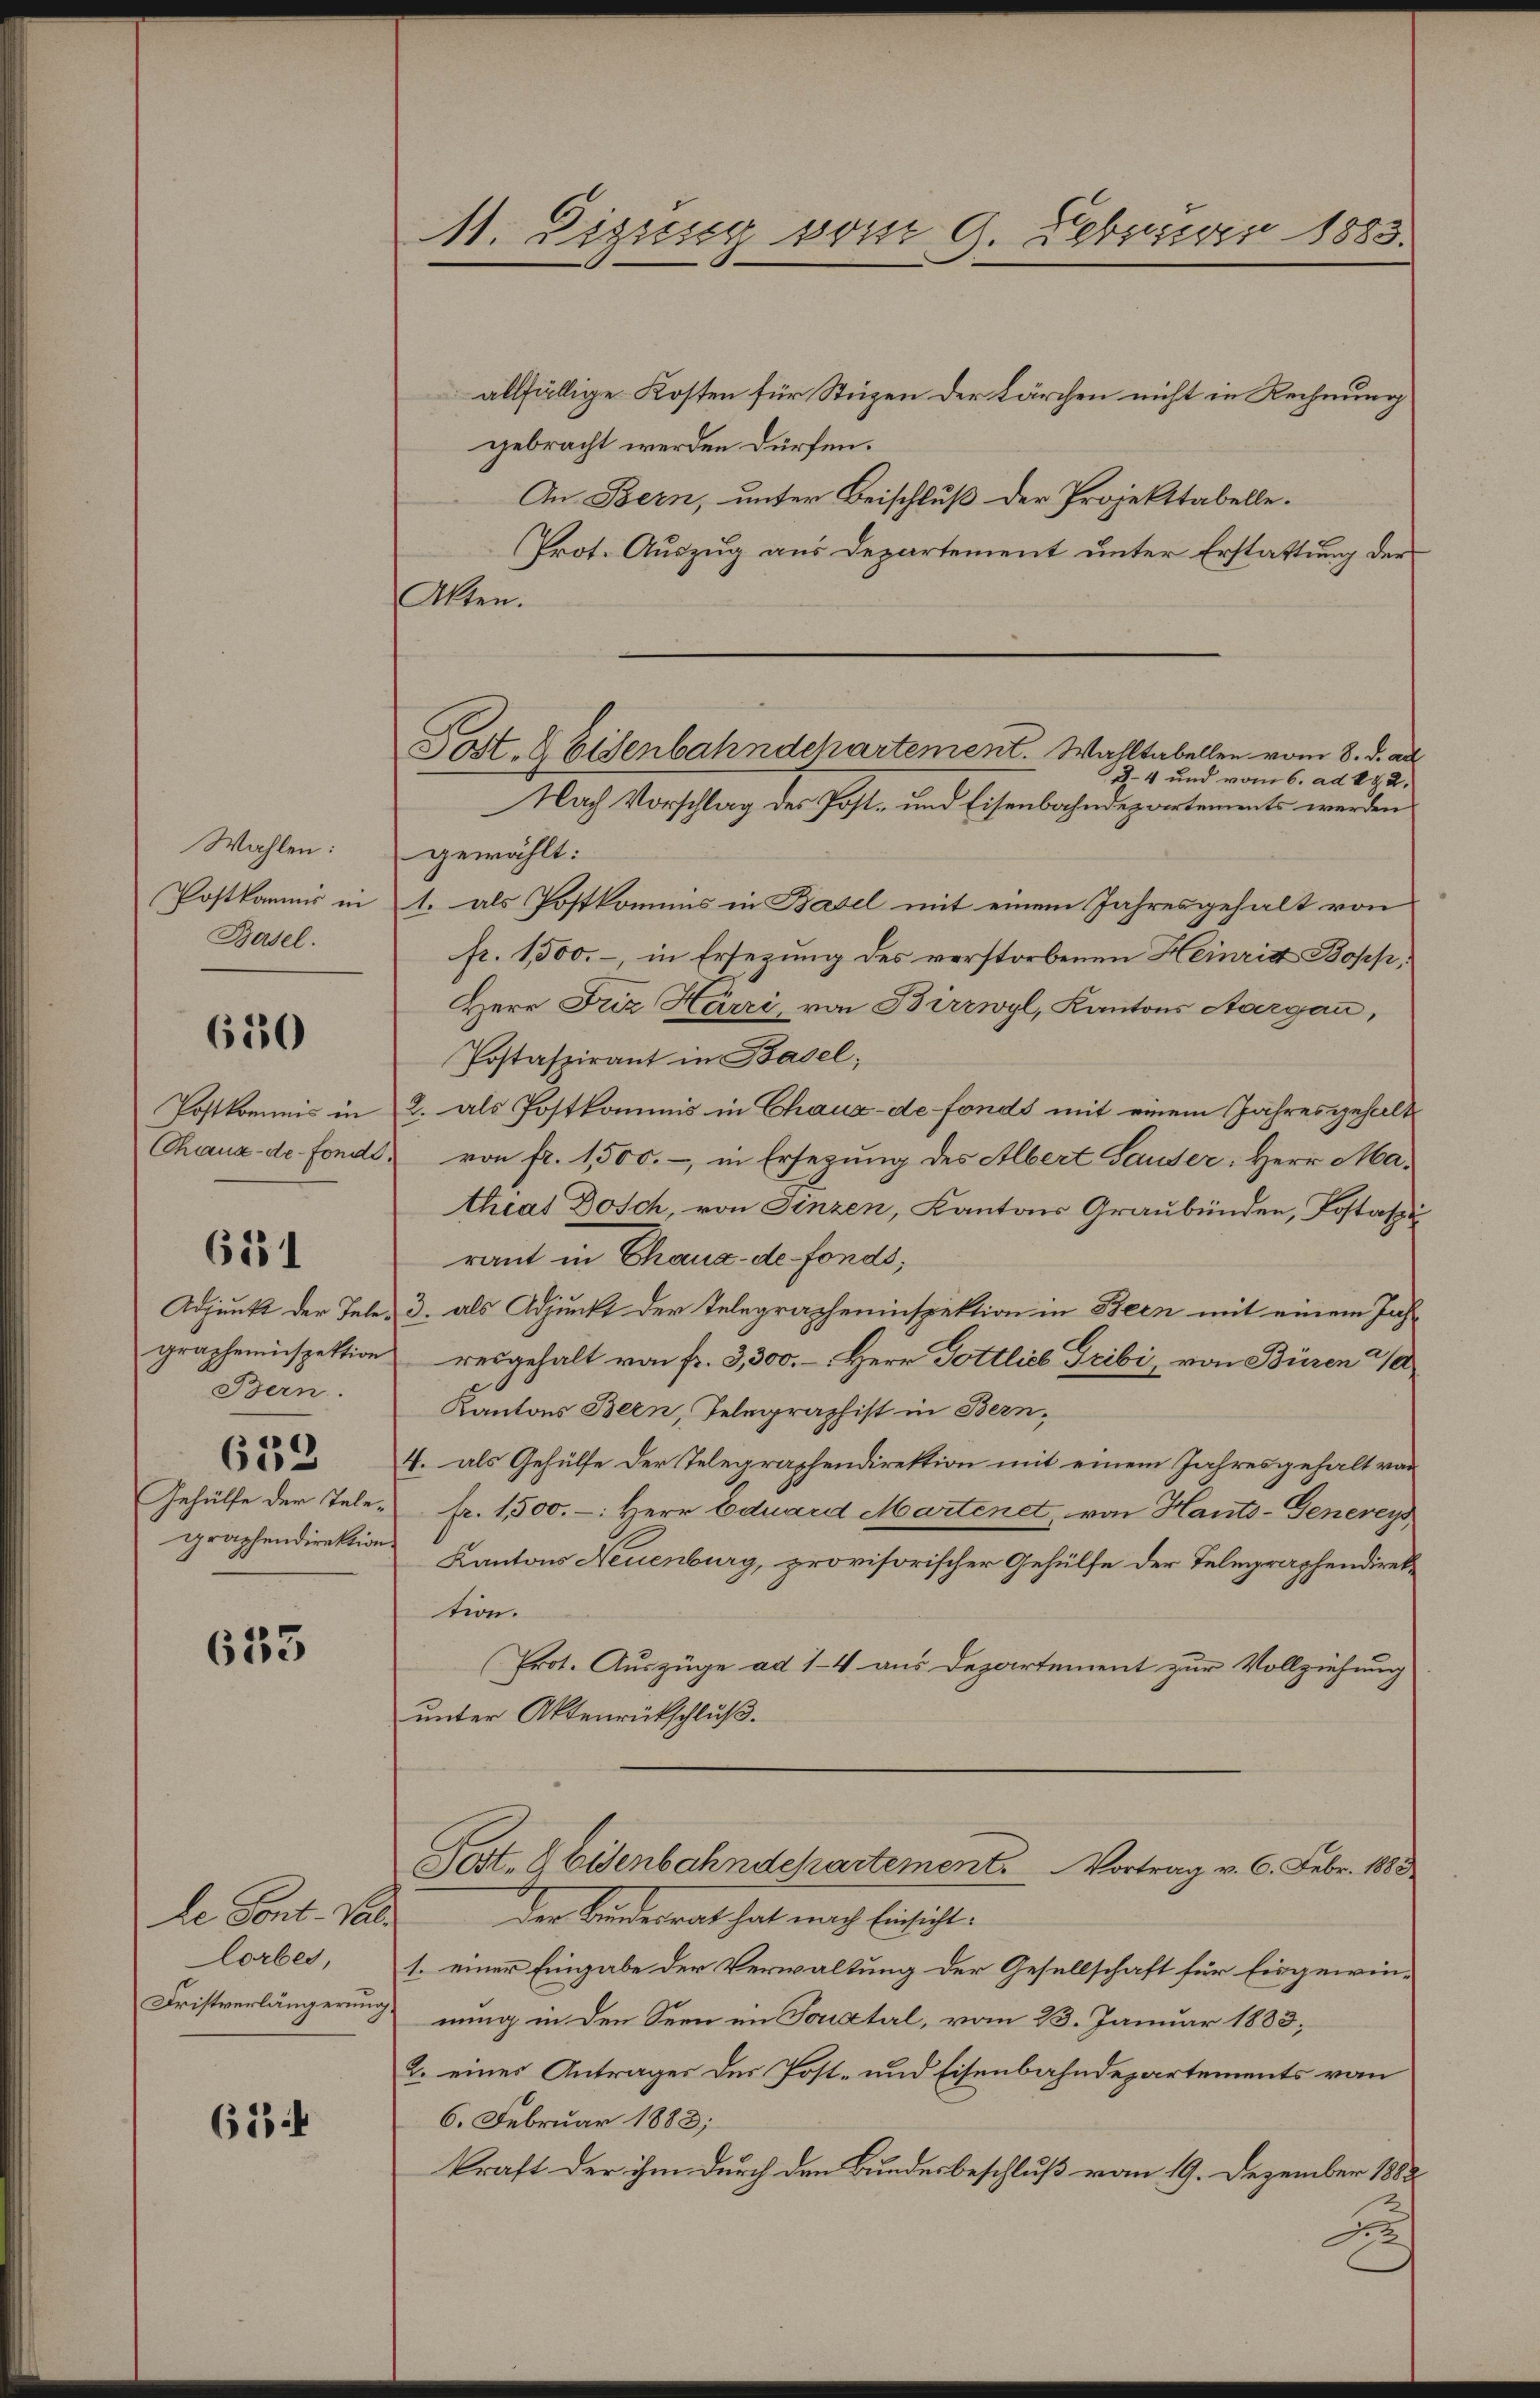
Wahlen:
Postkommis in
Basel.

650

Postkommis in
Chaux-de-Fonde

611

grapheninspektion
Bern.
3
)
60
Gehülfe der Telegraphendirektion.

623

le Sont. Vallorber,
Fristverlängerung

614

M. Zigung vom 9. Februar 1883.

Post- & Eisenbahndchartement. Wahltabellen vom 8. d. a
24 und vom 6. ad 892.
Nach Vorschlag des Post- und Eisenbahndepartements werden

allfällige Kosten für Stüzen der Kärchen nicht in Rechnung
gebracht werden dürfen.
An Bern, unter Beischluß der Projekttabelle.
Prot. Auszug aus Departement unter Erstattung der
Akten.
gewählt:
1. als Postkommis in Basel mit einem Jahresgehalt von
fr. 1,500.-, in Ersezung des verstorbenen Heinritt Bopp,
Herr Friz Härri, von Birrwyl, Kantons Aargau,
Postaszirant in Basel;
2. als Postkommis in Chaux-de-Fonds mit einem Jahresgehalt
von fr. 1,500.- in Ersetzung des Albert Hauser, Herr Mathiat Dosch, von Finzen, Kantons Graubünden, Kostatraut in Chaux de fonds,
Adjunkt der Tele, 3. als Adjunkt der Telegrapheninspektion in Bern mit einem Jah
resgehalt von fr. 3,300. – Herr Gottlich Gribi, von Büren
Kantons Bern, Telegraphist in Bern,
4. als Gehülfe der Telegraphendirektion mit einem Jahresgehalt von
fr. 1500. -: Herr Eduard Martenet, von Hants-Genereys
Kantons Neuenburg, provisorischer Gehülfe der Telegraphendirektion.
(Erot. Auszüge ad 1-4 aus Departement zur Vollziehung
unter Aktenrückschluß.
Fest. 8 Eisenbahndepartement.           Vortrag v. 6. Febr. 1883
Der Bundesrat hat nach Einsicht-
1. einer Eingabe der Verwaltung der Gesellschaft für Eisgewinnung in den Seen im Tonatal, vom 23. Januar 1883,
2. eines Antrages der Post- und Eisenbahndepartements von
6. Februar 1883;
kraft der ihm durch den Bundesbeschluß vom 19. Dezember 188:
A

f